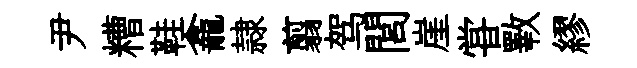
尹糟鞋龕隷翦驾閭崖甞斁繆